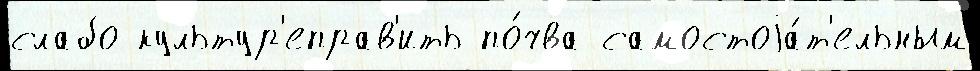
слабо культур'еправ'ить по́чва самостоjа́т'ельным